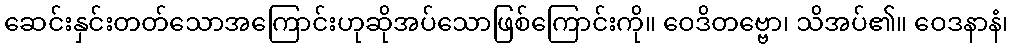
ဆေင်းနှင်းတတ်သောအကြောင်းဟုဆိုအပ်သောဖြစ်ကြောင်းကို။ ဝေဒိတဗ္ဗော၊ သိအပ်၏။ ဝေဒနာနံ၊